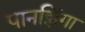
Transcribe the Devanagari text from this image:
पानझिंगा